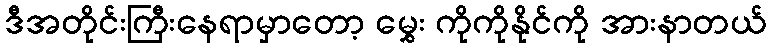
ဒီအတိုင်းကြီးနေရာမှာတော့ မွှေး ကိုကိုနိုင်ကို အားနာတယ်